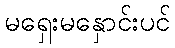
မရှေးမနှောင်းပင်